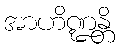
အာဟိဏ္ဍန္တိ